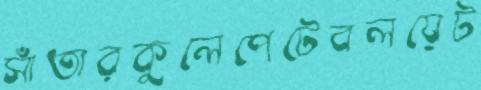
সাঁতারকুলেপেটেবলয়েট